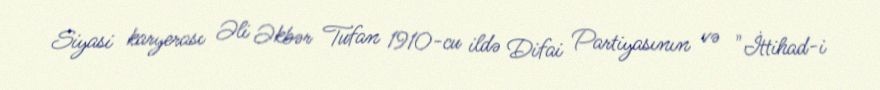
Siyasi karyerası Əli Əkbər Tufan 1910-cu ildə Difai Partiyasının və "İttihad-i